Report on vaccination in Madras 1922-1929 - 1922-1929
Year: 1922
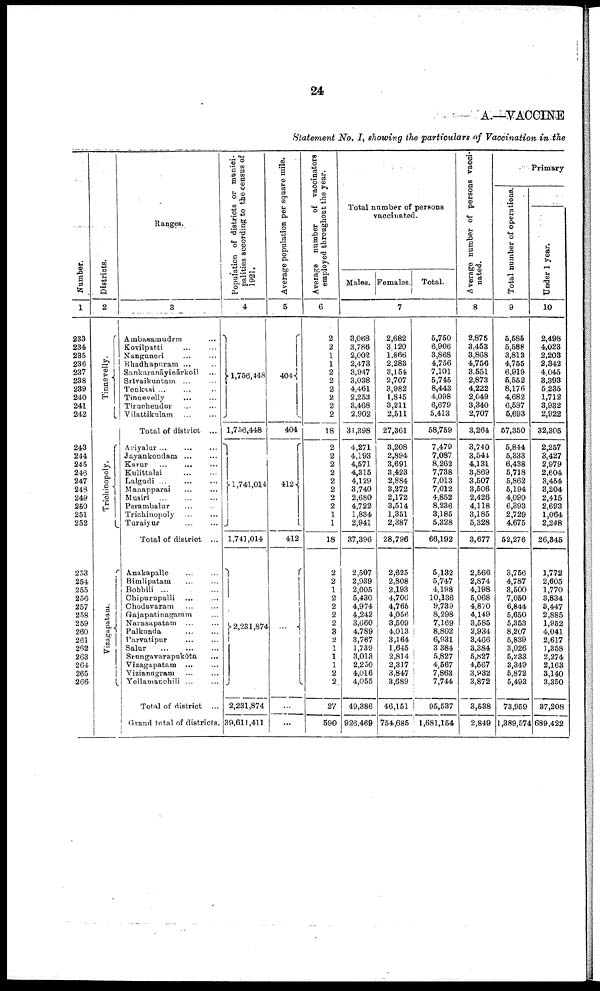
24
A.—VACCINE
Statement No. I, showing the particulars of Vaccination in the
Number.
1
233
234
235
236
237
238
239
240
241
242
243
244
245
246
247
248
249
250
251
252
253
254
255
258
257
258
259
260
261
262
263
264
265
266
Districts.
2
Tinnevelly.
Trichinopoly.
Vizagapatam.
Ranges.
3
Ambasamudrm ...
Kovilpatti ... ...
Nanguneri
...
...
Rhadhapuram ... ...
Sankaranāyinārkoil ...
Srīvaikuntam ... ...
Tenkasi ... ... ...
Tinnevelly ... ...
Tiruchendur ... ...
Vilattikulam ... ...
Total of district ...
Ariyalur ... ... ...
Jayankondam ... ...
Karur
...
...
...
Kulittalai
...
...
Lalgudi ... ... ...
Manapparai ... ...
Musiri ... ... ...
Perambalur ... ...
Trichinopoly ... ...
Turaiyur
...
...
Total of district ...
Anakapalle ... ...
Bimlipatam ... ...
Bobbili ... ...
Chipurupalli ... ...
Chodavaram ... ...
Gajapatinagaram ...
Narasapatam ... ...
Palkonda
...
...
Parvatipur
...
...
Salur
...
...
...
Srungavarapukōta
...
Vizagapatam ... ...
Vizianngram ... ...
Yellamanchili ... ...
Total of district ...
Grand total of districts.
Population of districts or munici
palities according to the census of
1921.
4
1,756,448
1,756,448
1,741,014
1,741,014
2,231,874
2,231,874
39,611,411
Average population per square mile.
5
404
404
412
412
...
...
...
Average number of vaccinators
employed throughout the year.
6
2
2
1
1
2
2
2
2
2
2
18
2
2
2
2
2
2
2
2
1
1
18
2
2
1
2
2
2
2
3
2
1
1
1
2
2
27
590
Total number of persons
vaccinated.
Males. Females. Total.
7
3,068
3,786
2,002
2,473
3,947
3,038
4,461
2,253
3,468
2,902
31,398
4,271
4,193
4,571
4,315
4,129
3,740
2,680
4,722
1,834
2,941
37,396
2,507
2,939
2,005
5,430
4,974
4,242
3,660
4,789
3,767
1,739
3,013
2,250
4,016
4,055
49,386
926,469
2,682
3,120
1,866
2,283
3,154
2,707
3,982
1,845
3,211
2,511
27,361
3,208
2,894
3,691
3,423
2,884
3,272
2,172
3,514
1,351
2,387
28,796
2,625
2,808
2,193
4,706
4,765
4,056
3,509
4,013
3,164
1,645
2,814
2,317
3,847
3,689
46,151
754,685
5,750
6,906
3,868
4,756
7,101
5,745
8,443
4,098
6,679
5,413
58,759
7,479
7,087
8,262
7,738
7,013
7,012
4,852
8,236
3,185
5,328
66,192
5,132
5,747
4,198
10,136
9,739
8,298
7,169
8,802
6,931
3,384
5,827
4,567
7,863
7,744
95,537
1,681,154
Average number of persons vacci-
nated.
8
2,875
3,453
3,868
4,756
3,551
2,873
4,222
2,049
3,340
2,707
3,264
3,740
3,544
4,131
3,869
3,507
3,506
2,426
4,118
3,185
5,328
3,677
2,566
2,874
4,198
5,068
4,870
4,149
3,585
2,934
3,466
3,384
5,827
4,567
3,932
3,872
3,538
2,849
Primary
Total number of operations.
9
5,585
5,588
3,813
4,755
6,919
5,552
8,176
4,682
6,587
5,693
57,350
5,844
5,333
6,438
5,718
5,862
5,194
4,090
6,393
2,729
4,675
52,276
3,756
4,787
3,500
7,050
6,844
5,650
5,353
8,207
5,839
3,026
5,233
3,349
5,872
5,493
73,959
1,389,574
Under 1 year.
10
2,498
4,023
2,203
2,342
4,045
3,393
5,235
1,712
3,932
2,922
32,305
2,257
3,427
2,979
2,604
3,454
3,204
2,415
2,693
1,064
2,248
26,345
1,772
2,605
1,770
3,834
3,447
2,885
1,952
4,041
2,617
1,358
2,274
2,163
3,140
3,350
37,208
689,422